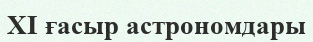
XI ғасыр астрономдары